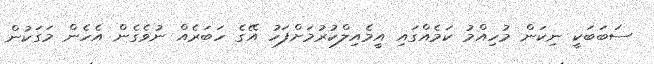
ސަބަބަކީ ނިކަން މުހިއްމު ކަމެއްގައި އީމެއިލްކުރުމަށްފަހު އޭގެ ހަބަރެއް ނުވެގެން އެހެން މަގަކުން